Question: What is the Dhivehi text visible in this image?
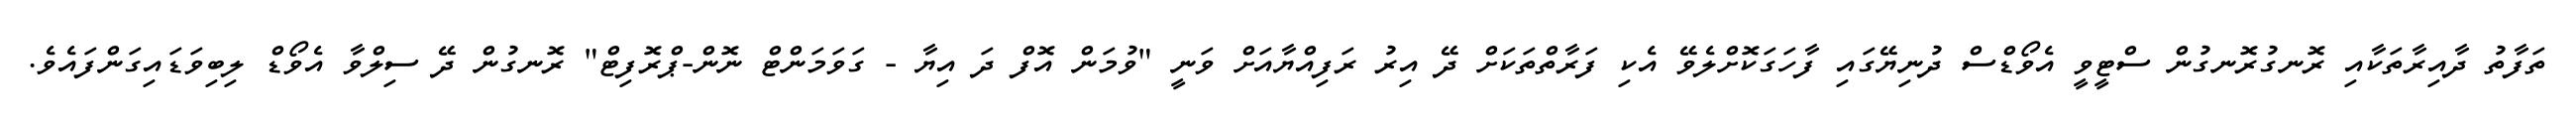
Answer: ތަފާތު ދާއިރާތަކާއި ރޮނގުރޮނގުން ސްޓީވީ އެވޯޑްސް ދުނިޔޭގައި ފާހަގަކޮށްލެވޭ އެކި ފަރާތްތަކަށް ދޭ އިރު ރަފިއްޔާއަށް ވަނީ "ވުމަން އޮފް ދަ އިޔާ - ގަވަމަންޓް ނޮން-ޕްރޮފިޓް" ރޮނގުން ދޭ ސިލްވާ އެވޯޑް ލިބިވަޑައިގަންފައެވެ.